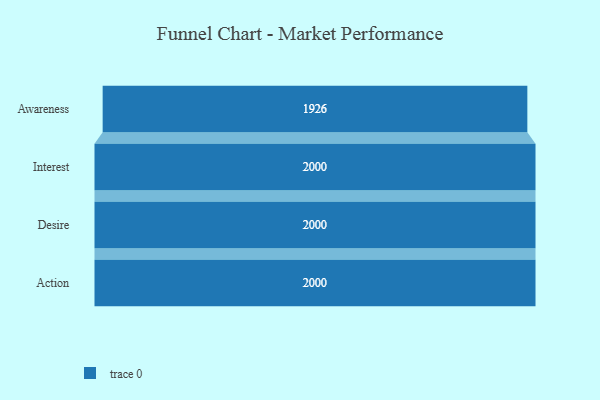
{"axis": {"x": "Stage", "y": "Value"}, "legend": [""], "data": [{"x": "Awareness", "y": 1926.0, "type": ""}, {"x": "Interest", "y": 2000, "type": ""}, {"x": "Desire", "y": 2000, "type": ""}, {"x": "Action", "y": 2000, "type": ""}]}